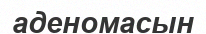
аденомасын